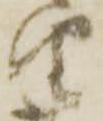
由